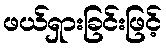
ဖယ်ရှားခြင်းဖြင့်